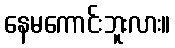
နေမကောင်းဘူးလား။